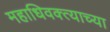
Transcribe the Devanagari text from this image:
महाधिवक्त्याच्या